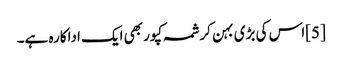
[5]اس کی بڑی بہن کرشمہ کپور بھی ایک اداکارہ ہے۔